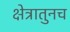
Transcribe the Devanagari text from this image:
क्षेत्रातुनच